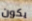
يكون